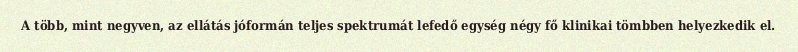
A több, mint negyven, az ellátás jóformán teljes spektrumát lefedő egység négy fő klinikai tömbben helyezkedik el.